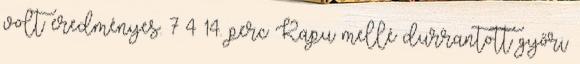
volt eredményes. 7–4 14. perc Kapu mellé durrantott győri